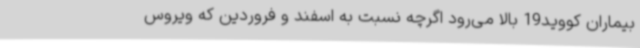
بیماران کووید19 بالا می‌رود اگرچه نسبت به اسفند و فروردین که ویروس